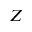
Z